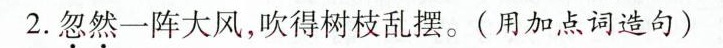
2.忽然一阵大风，吹得树枝乱摆。(用加点词造句)